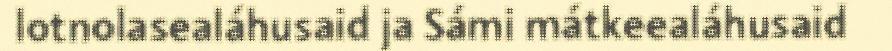
lotnolasealáhusaid ja Sámi mátkeealáhusaid